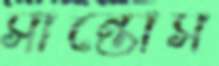
সান্তোস